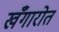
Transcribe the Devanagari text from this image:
खँगारोत